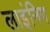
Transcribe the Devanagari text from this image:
लाइंनिग